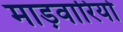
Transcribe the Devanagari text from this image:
माड़वारियो